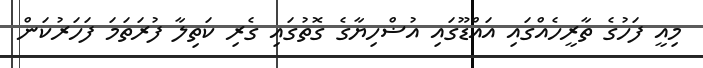
މިއީ ފަހުގެ ތާރީހެއްގައި އައްޑޫގައި އުޟްހިޔާގެ ގޮތުގައި ގެރި ކަތިލާ ފުރަތަމަ ފަހަރުކަން